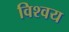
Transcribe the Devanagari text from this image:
विश्वय